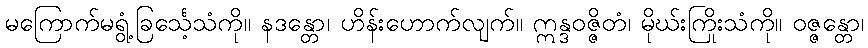
မကြောက်မရွံ့ခြင်္သေ့သံကို။ နဒန္တော၊ ဟိန်းဟောက်လျက်။ ဣန္ဒဝဇ္ဇိတံ၊ မိုဃ်းကြိုးသံကို။ ဝဇ္ဇန္တော၊